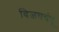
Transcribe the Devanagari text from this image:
विजयचंपू